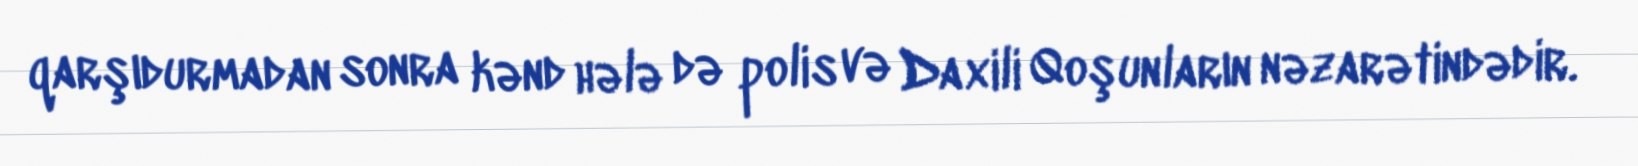
qarşıdurmadan sonra kənd hələ də polis və Daxili Qoşunların nəzarətindədir.